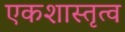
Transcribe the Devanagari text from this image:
एकशास्तृत्व